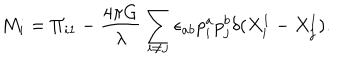
M _ { i } = \Pi _ { i 1 } - \frac { 4 \pi G } { \lambda } \sum _ { i \ne j } \epsilon _ { a b } p _ { i } ^ { a } p _ { j } ^ { b } \delta ( X _ { i } ^ { 1 } - X _ { j } ^ { 1 } ) .